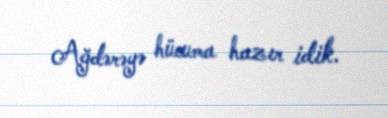
Ağdərəyə hücuma hazır idik.